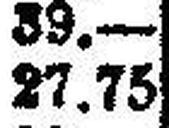
27.75